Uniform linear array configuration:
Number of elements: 48
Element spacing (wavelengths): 0.5
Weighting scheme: hann
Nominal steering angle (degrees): -60
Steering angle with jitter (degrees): -60.097
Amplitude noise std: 0.05
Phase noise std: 0.05

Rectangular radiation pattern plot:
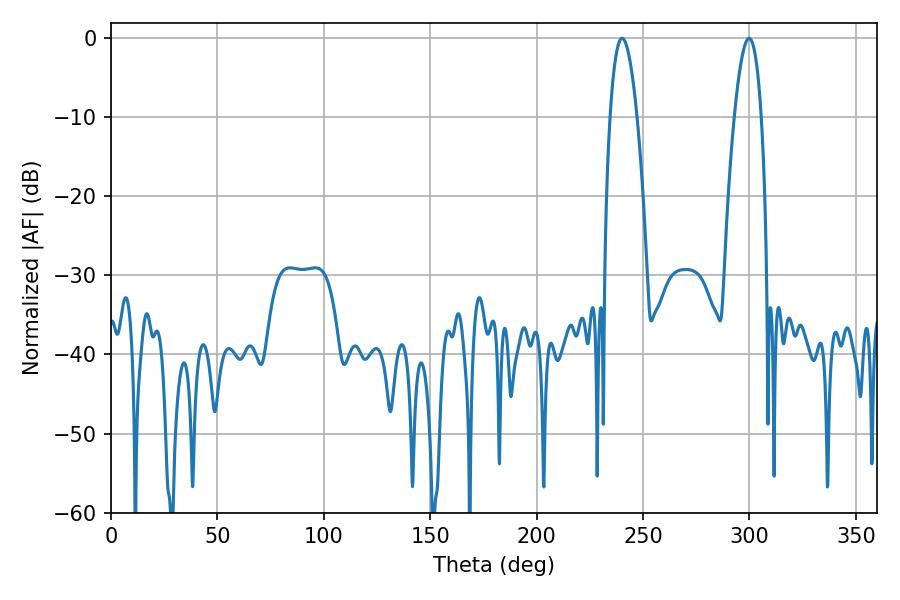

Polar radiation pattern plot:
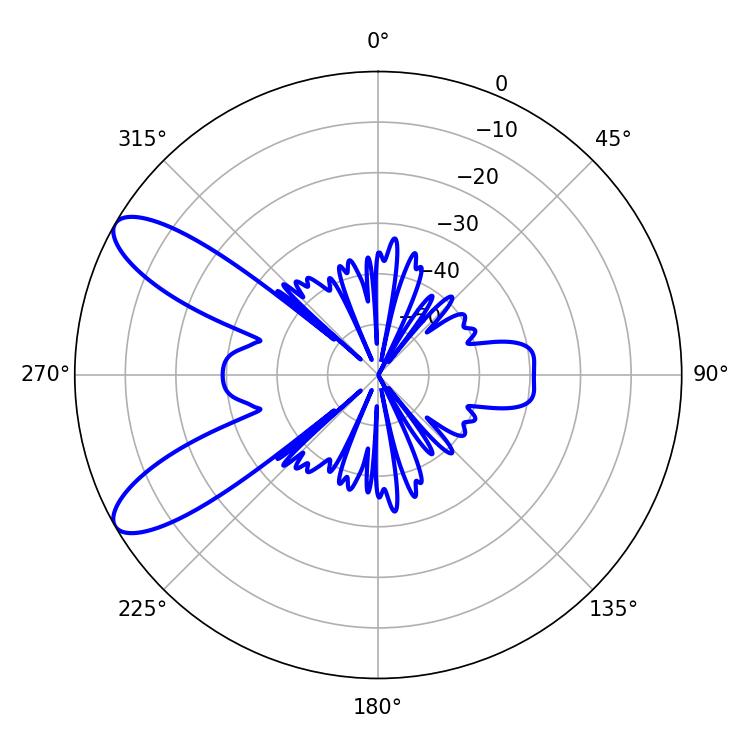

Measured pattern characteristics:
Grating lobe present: FALSE
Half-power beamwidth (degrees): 7.02
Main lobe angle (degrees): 240.12